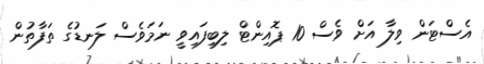
އެސްޓަން ވިލާ އަށް ވެސް 10 ޕޮއިންޓް ލިބިފައިވީ ނަމަވެސް ލަނޑުގެ ތަފާތުން